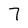
Character: 7